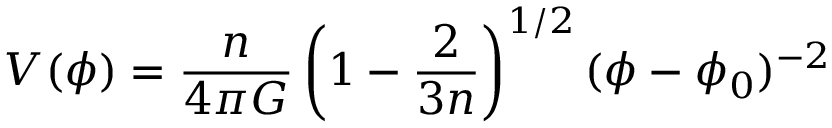
V ( \phi ) = { \frac { n } { 4 \pi G } } \left( 1 - { \frac { 2 } { 3 n } } \right) ^ { 1 / 2 } ( \phi - \phi _ { 0 } ) ^ { - 2 }